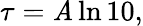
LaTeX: \tau=\mathit{A}\ln10,